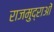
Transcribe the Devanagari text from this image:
राजमुद्राओं